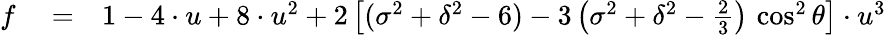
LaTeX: \begin{array}{rlr}{f}&{{}=}&{1-4\cdot u+8\cdot u^{2}+2\left[(\sigma^{2}+\delta^{2}-6)-3\left(\sigma^{2}+\delta^{2}-\frac{2}{3}\right)\, \cos^{2}\theta\right]\cdot u^{3}}\end{array}